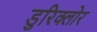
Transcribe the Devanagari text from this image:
डुरिक्लोर